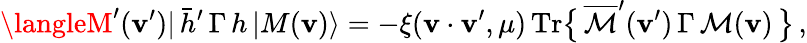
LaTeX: \langleM^{\prime}(\mathbf{v}^{\prime})|\, \bar{{h}}^{\prime}\, \Gamma\, h\, |M(\mathbf{v})\rangle=-\xi(\mathbf{v}\cdot\mathbf{v}^{\prime},\mu)\, \mathrm{{Tr}}\big\{ \, \overline{{{{\cal{M}}}}}^{\prime}(\mathbf{v}^{\prime})\, \Gamma\, {\cal{M}}(\mathbf{v})\, \big\} \, ,